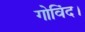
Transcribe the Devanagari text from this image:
गोविंद।